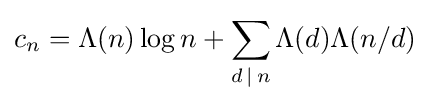
c_{n}=\Lambda (n)\log n+\sum _{d\,|\,n}\Lambda (d)\Lambda (n/d)